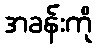
အခန်းကို